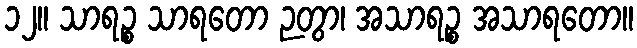
၁၂။ သာရဉ္စ သာရတော ဉတွာ၊ အသာရဉ္စ အသာရတော။